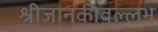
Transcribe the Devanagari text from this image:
श्रीजानकीवल्लभ